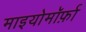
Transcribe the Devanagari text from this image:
माइयोमॉर्फ़ा